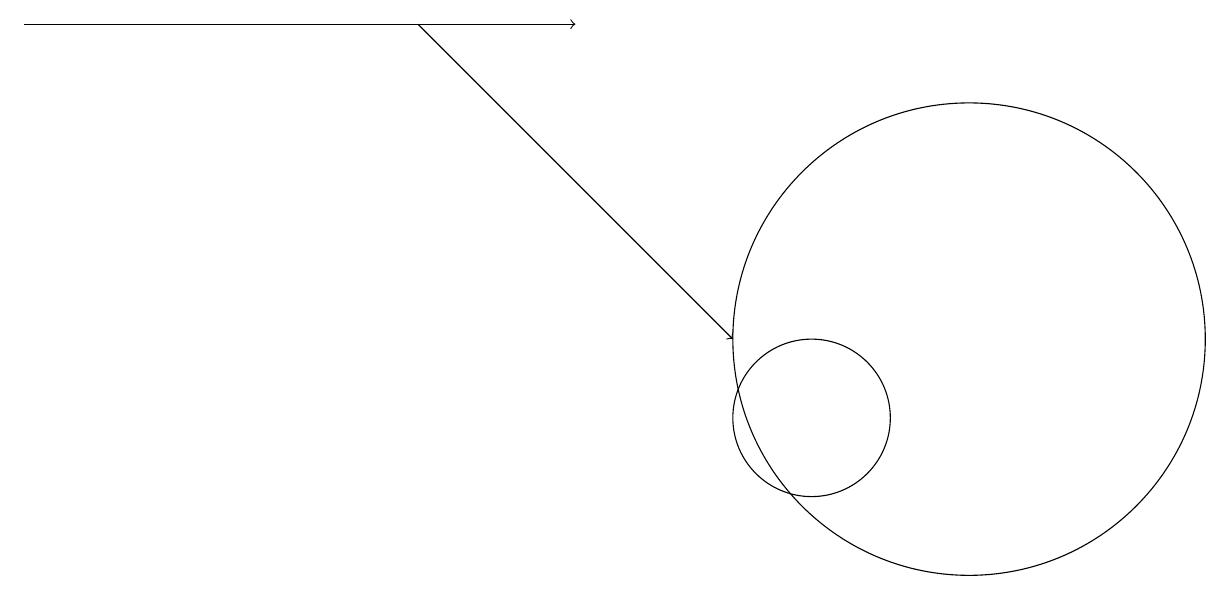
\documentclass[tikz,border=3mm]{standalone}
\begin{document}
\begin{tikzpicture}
\draw[->] (5,15) -- (9,11);
\draw (10,10) circle (1);
\draw[->] (0,15) -- (7,15);
\draw (12,11) circle (3);
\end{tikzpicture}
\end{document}